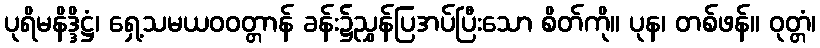
ပုရိမနိဒ္ဒိဋ္ဌံ၊ ရှေ့သမယဝဝတ္တာန် ခန်း၌ညွှန်ပြအပ်ပြီးသော စိတ်ကို။ ပုန၊ တစ်ဖန်။ ဝုတ္တံ၊